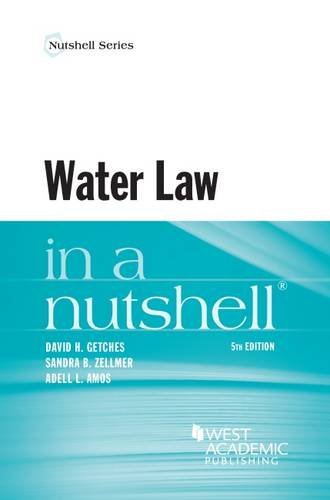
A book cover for Water Law in a Nutshell; David Getches; Business & Money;